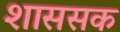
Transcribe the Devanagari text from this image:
शाससक